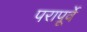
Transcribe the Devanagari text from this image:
परापूर्वे